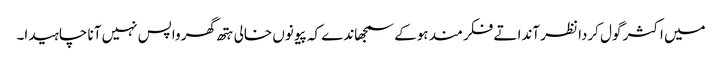
میں اکثر گول کردا نظر آندا تے فکر مند ہوکے سمجھاندے کہ پیو نوں خالی ہتھ گھر واپس نہیں آنا چاہیدا۔